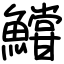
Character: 𩼝